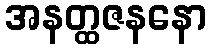
အနတ္ထဇနနော